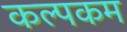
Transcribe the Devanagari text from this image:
कल्पकम